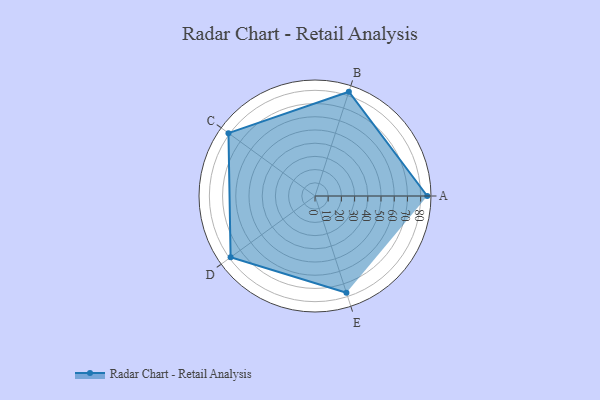
{"axis": {"x": "Skill", "y": "Score"}, "legend": ["Profile"], "data": [{"x": "A", "y": 85.0, "type": "Profile"}, {"x": "B", "y": 83.0, "type": "Profile"}, {"x": "C", "y": 81.0, "type": "Profile"}, {"x": "D", "y": 79.0, "type": "Profile"}, {"x": "E", "y": 77.0, "type": "Profile"}]}